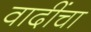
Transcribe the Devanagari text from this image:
वादींचा